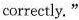
correctly. "